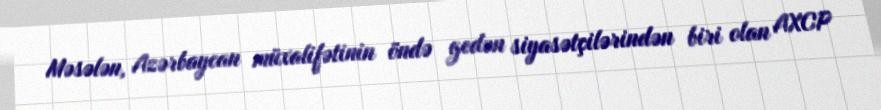
Məsələn, Azərbaycan müxalifətinin öndə gedən siyasətçilərindən biri olan AXCP